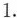
1.